Structure of Hæmatopota pluvialis (Meigen) - Number 55
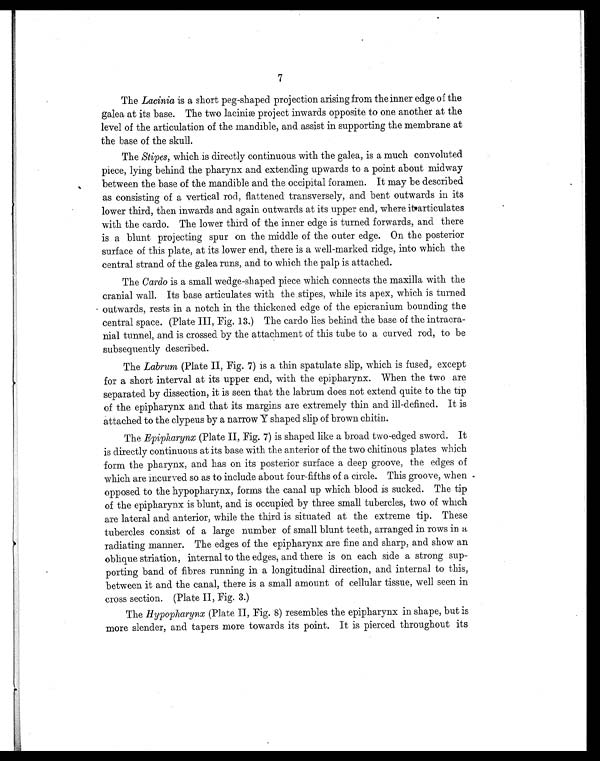
7
The Lacinia is a short peg-shaped projection arising from the inner edge of the
galea at its base. The two laciniæ project inwards opposite to one another at the
level of the articulation of the mandible, and assist in supporting the membrane at
the base of the skull.
The Stipes, which is directly continuous with the galea, is a much convoluted
piece, lying behind the pharynx and extending upwards to a point about midway
between the base of the mandible and the occipital foramen. It may be described
as consisting of a vertical rod, flattened transversely, and bent outwards in its
lower third, then inwards and again outwards at its upper end, where it articulates
with the cardo. The lower third of the inner edge is turned forwards, and there
is a blunt projecting spur on the middle of the outer edge. On the posterior
surface of this plate, at its lower end, there is a well-marked ridge, into which the
central strand of the galea runs, and to which the palp is attached.
The Cardo is a small wedge-shaped piece which connects the maxilla with the
cranial wall. Its base articulates with the stipes, while its apex, which is turned
outwards, rests in a notch in the thickened edge of the epicranium bounding the
central space. (Plate III, Fig. 13.) The cardo lies behind the base of the intracra
- nial tunnel, and is crossed by the attachment of this tube to a curved rod, to be
subsequently described.
The Labrum (Plate II, Fig. 7) is a thin spatulate slip, which is fused, except
for a short interval at its upper end, with the epipharynx. When the two are
separated by dissection, it is seen that the labium does not extend quite to the tip
of the epipharynx and that its margins are extremely thin and ill-defined. It is
attached to the clypeus by a narrow Y shaped slip of brown chitin.
The Epipharynx (Plate II, Fig. 7) is shaped like a broad two-edged sword. It
is directly continuous at its base with the anterior of the two chitinous plates which
form the pharynx, and has on its posterior surface a deep groove, the edges of
which are incurved so as to include about four-fifths of a circle. This groove, when
opposed to the hypopharynx, forms the canal up which blood is sucked. The tip
of the epipharynx is blunt, and is occupied by three small tubercles, two of which
are lateral and anterior, while the third is situated at the extreme tip. These
tubercles consist of a large number of small blunt teeth, arranged in rows in a
radiating manner. The edges of the epipharynx are fine and sharp, and show an
oblique striation, internal to the edges, and there is on each side a strong sup
- porting band of fibres running in a longitudinal direction, and internal to this,
between it and the canal, there is a small amount of cellular tissue, well seen in
cross section. (Plate II, Fig. 3.)
The Hypopharynx (Plate II, Fig. 8) resembles the epipharynx in shape, but is
more slender, and tapers more towards its point. It is pierced throughout its